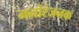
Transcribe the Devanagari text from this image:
मनोरंजनक